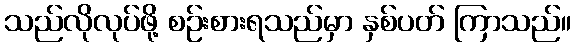
သည်လိုလုပ်ဖို့ စဉ်းစားရသည်မှာ နှစ်ပတ် ကြာသည်။